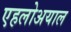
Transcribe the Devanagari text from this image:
एहलोअयाल